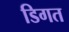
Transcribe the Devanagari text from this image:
डिगत